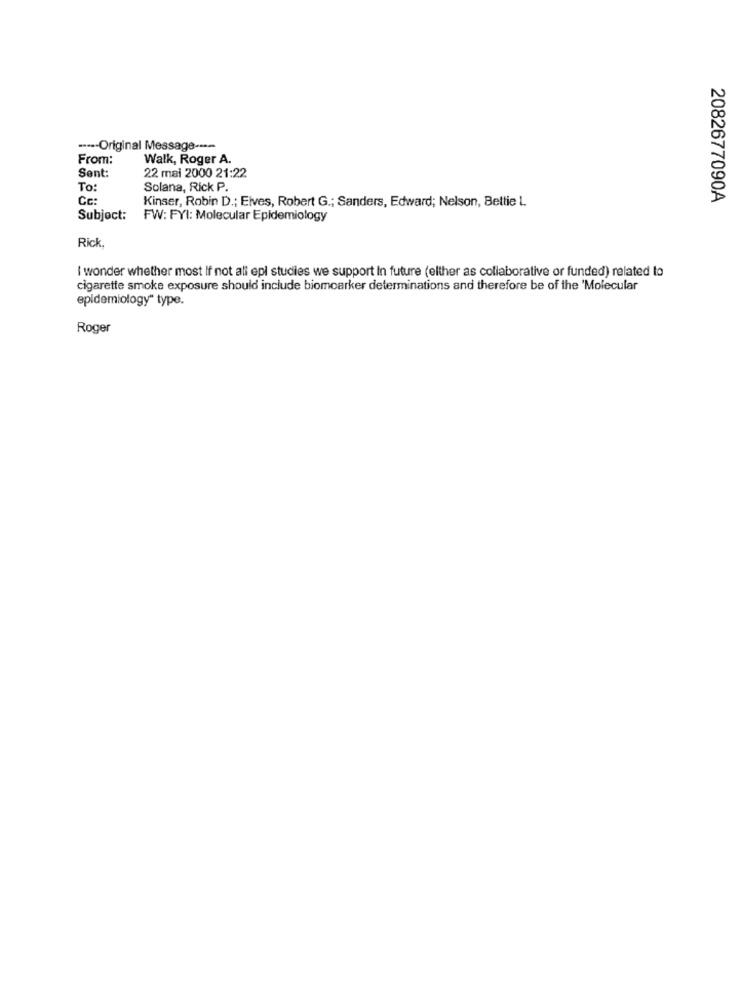
----- Original Message ----
From:
Walk, Roger A.
Sent:
22 mai 2000 21:22
To:
Solana, Rick P.
Cc:
Kinser, Robin D .; Elves, Robert G .; Sanders, Edward; Nelson, Bettie L
2082677090A
Subject:
FW: FYI: Molecular Epidemiology
Rick.
I wonder whether most If not all epi studies we support In future (elther as collaborative or funded) related to
cigarette smoke exposure should include biomarker determinations and therefore be of the 'Molecular
epidemiology" type.
Roger